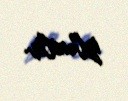
izlənilir.